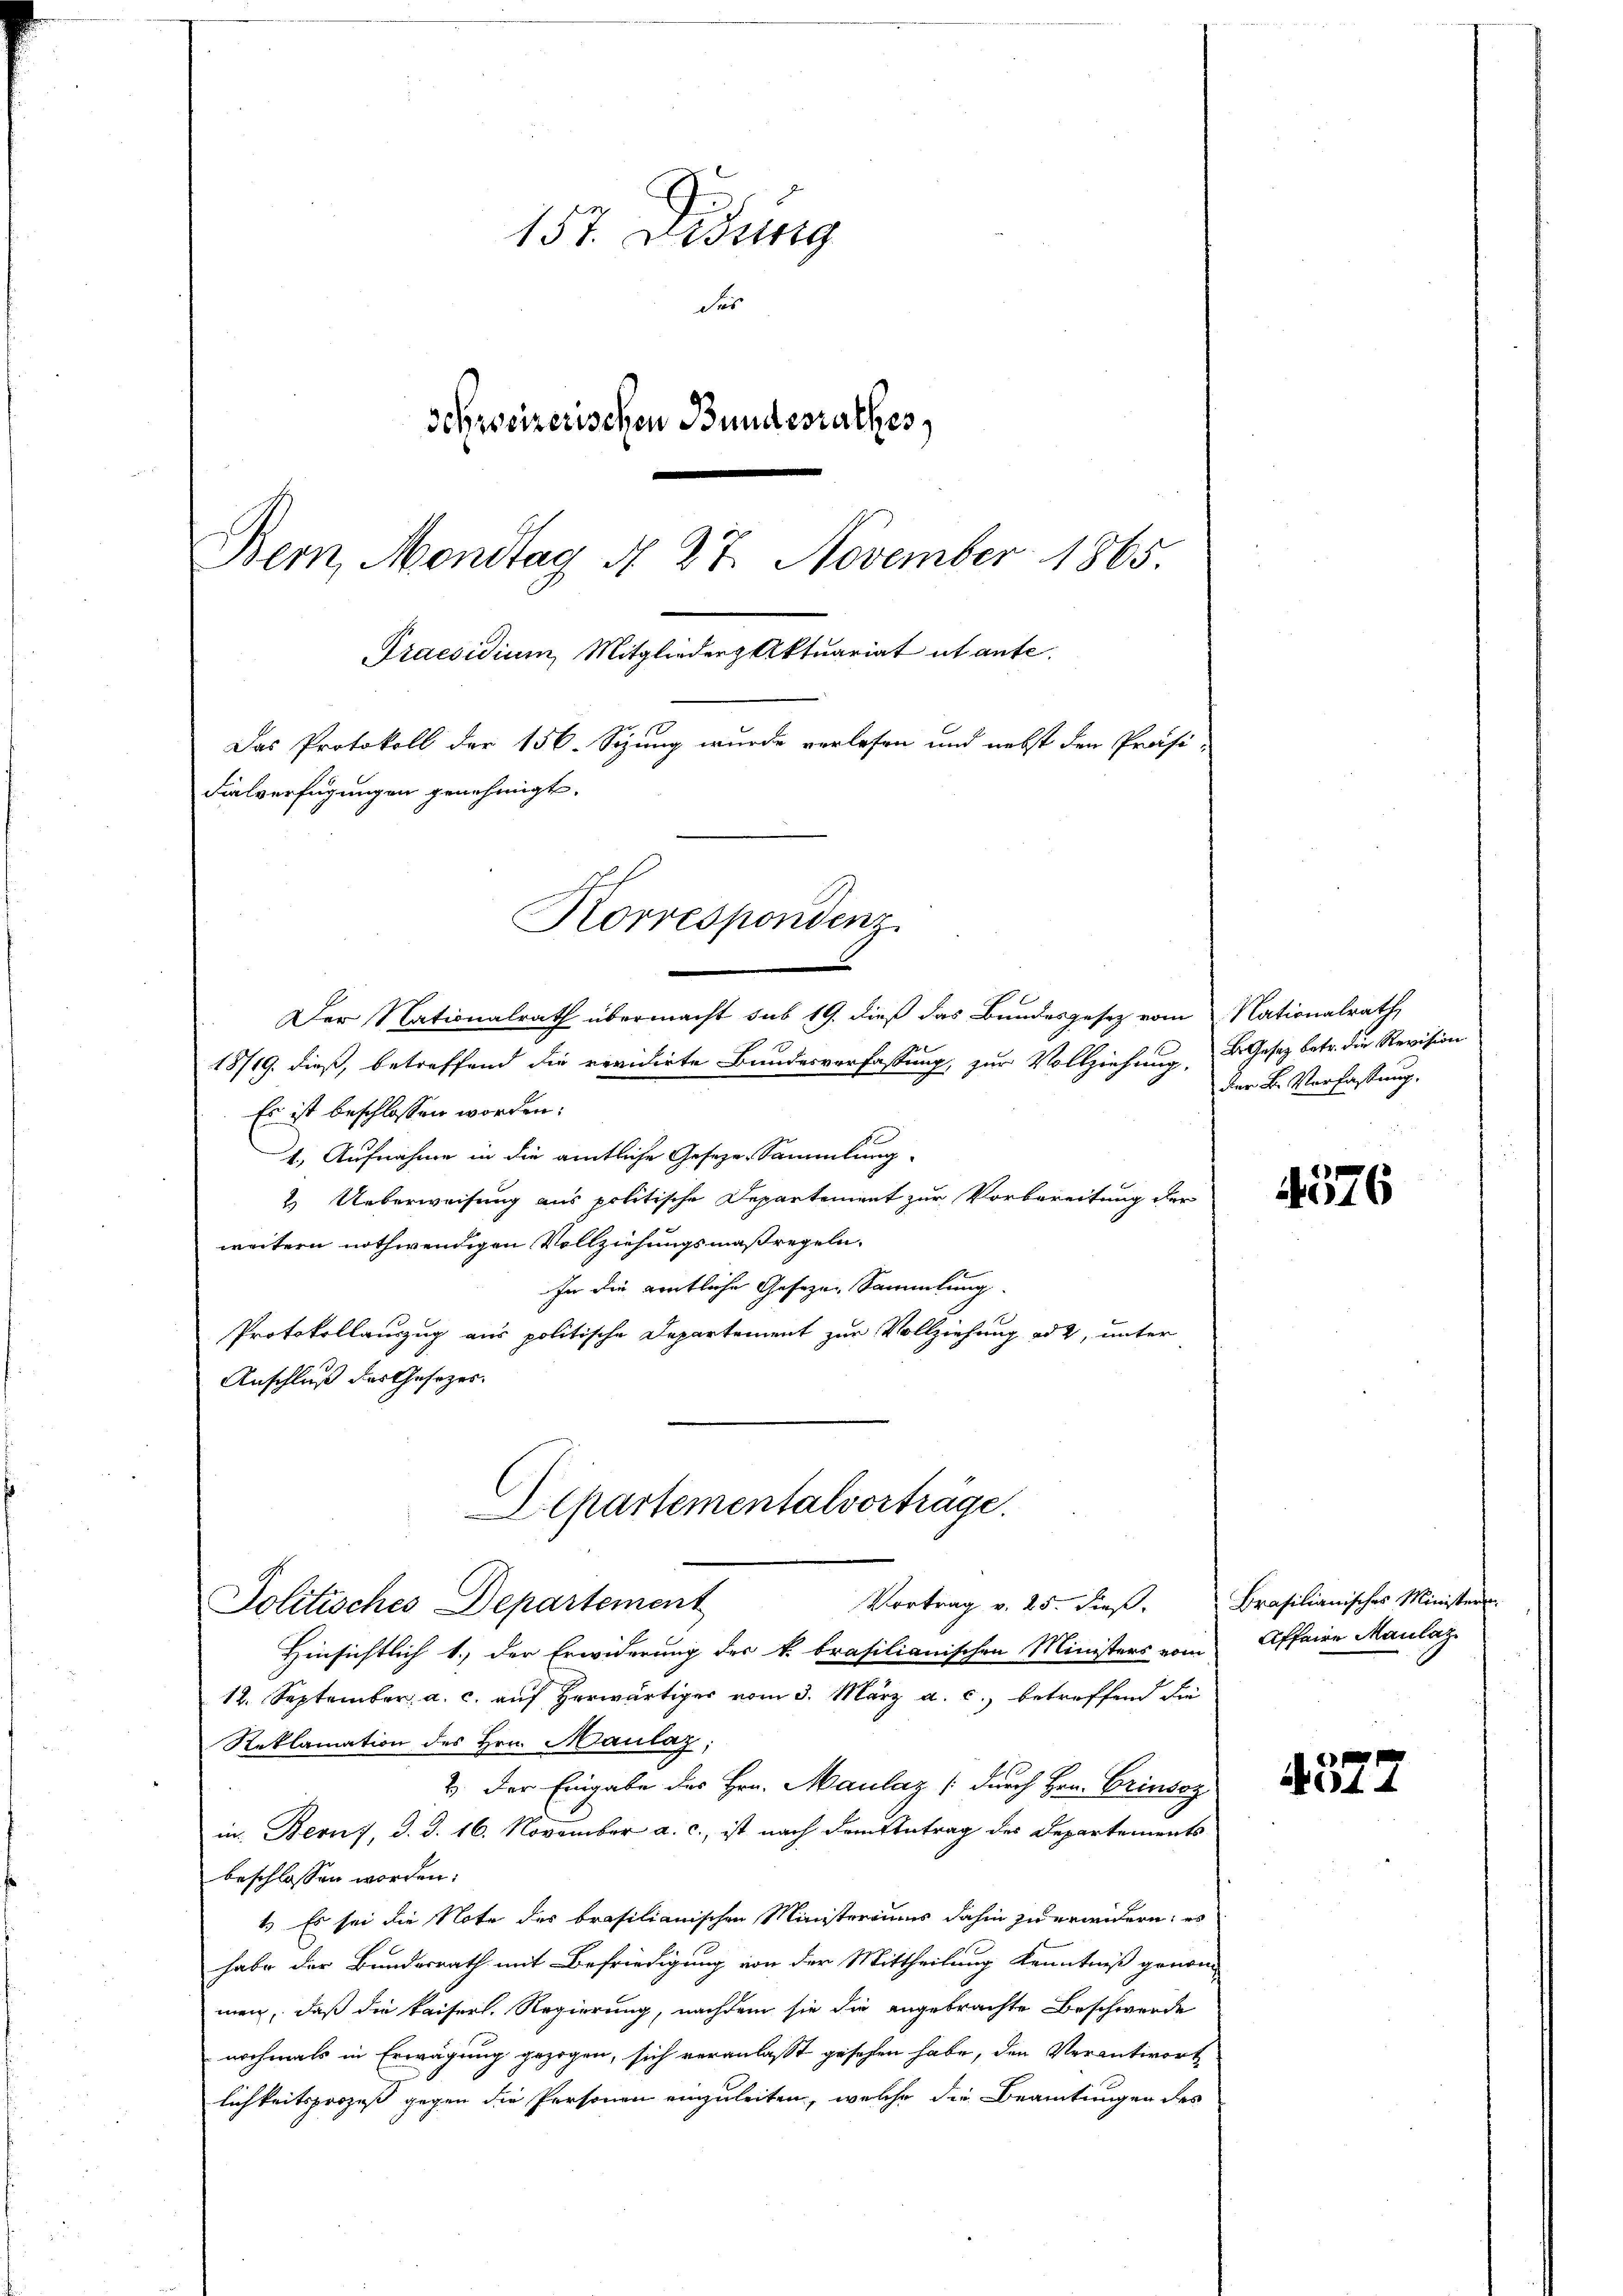
157. Didung
der
Schweizerischen Bundesrathes,
Bern, Montag N. 27. November 1865.
Praesidium Mitglieder Aktuariat ut ante.
Das Protokoll der 156. Sizung wurde verlesen und nebst den Präsi-
Fialverfügungen genehmigt.
Korrespondenz.

Der Nationalrath übermacht sub 19. dieß das Bundesgesetz vom
18719. dieß, betreffend die revidirte Bundesverfassung, zur Vollziehung,
Es ist beschlossen worden:
1. Aufnahme in die amtliche Geseze-Sammlung
2. Ueberweisung aus politische Departement zur Vorbereitung der
weitern nothwendigen Vollziehungsmaßregeln.
In die entliche Gesezen Sammlung.
Protokollauszug aus politische Departement zur Vollziehung ad 2, unter
Anschluß des Gesezes¬
Alpartementalvorträge.

Hinsichtlich 1., der Erwiderung der k. brasilianischen Ministers vom
12. September a. c. auf herwärtiger vom 3. März a. c. betreffend die
Reklamation des Hrn. Maulaz;
2). Der Eingabe des Hrn. Maulaz (durch Hrn. Grinsoz
in: Bern, d. d. 16. November a. c., ist nach dem Antrag des Departements
beschlossen worden.
1.) Es sei die Note des brasilianischen Ministeriums dahin zu erwidern; es
habe der Bundesrath mit Befriedigung von der Mittheilung Kenntniß genomm
men, daß die kaiserl. Regierung, nachdem sie die angebrachte Beschwerde
nochmals in Erwägung gezogen, sich veranlasst gesehen habe, den Verantwort
lichkeitsprozeß gegen die Personen einzuleiten, welche die Beamtungen des

Vortrag v. 25. dieß. Brasilianisches Ministere
Politisches Departement

Nationalrath,
B. Gesetz betr. die Revision
Der B. Verfassung.

4576

Affaire Maulaz

4577